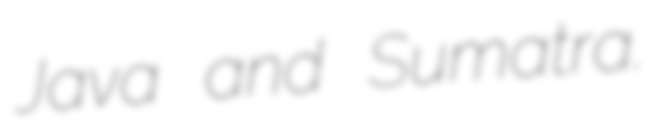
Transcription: Java and Sumatra.